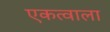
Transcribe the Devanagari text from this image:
एकत्वाला